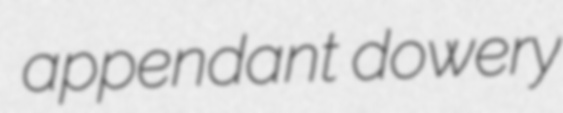
appendant dowery